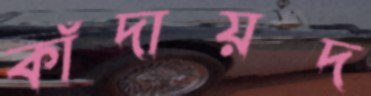
কাঁদায়দ